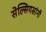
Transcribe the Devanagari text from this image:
सेल्सियसांनी